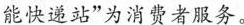
\underline{能快递站”为消费者服务。}